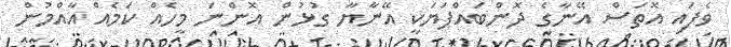
ވެފައި އޮތަސް އޭނާގެ ދޮންބައްޕަޔަކީ އޭނާޔާ ގުޅުން އޮންނަ މީހެއް ކަމެއް އާއްމުން